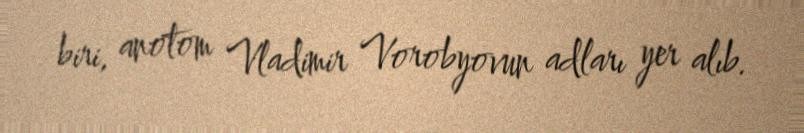
biri, anotom Vladimir Vorobyovun adları yer alıb.